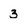
Character: 3